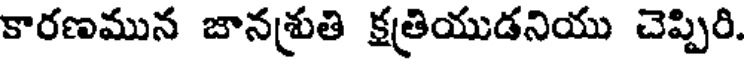
కారణమున జానశ్రుతి క్షత్రియుడనియు చెప్పిరి.